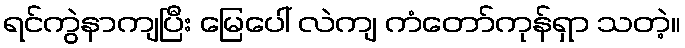
ရင်ကွဲနာကျပြီး မြေပေါ် လဲကျ ကံတော်ကုန်ရှာ သတဲ့။